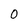
Character: 0